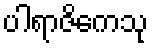
ပါရာဇိကေသု